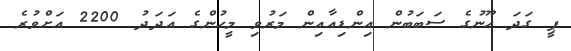
ޕީ ގަދަ ހޫނުގެ ސަބަބުން އިންޑިއާއިން މަރުވި މީހުންގެ އަދަދު 2200 އަށްވުރެ